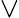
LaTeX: \lor